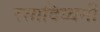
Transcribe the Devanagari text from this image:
रसादिध्वनी